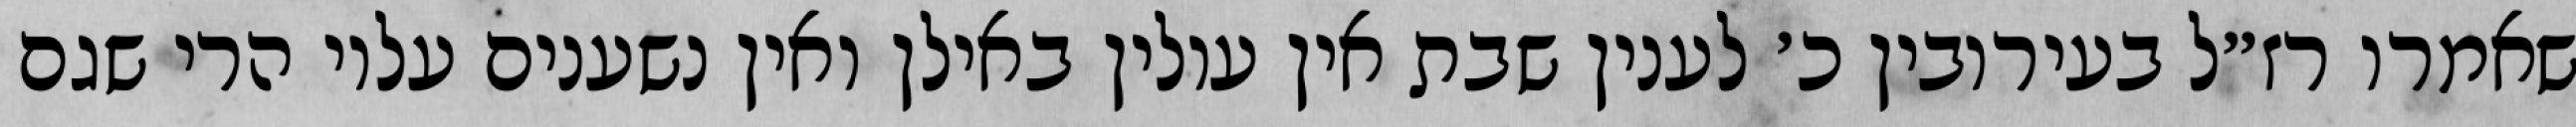
שאמרו רז״ל בעירובין כ׳ לענין שבת אין עולין באילן ואין נשענים עליו הרי שגם